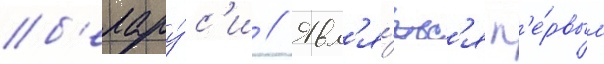
б'елару́с'и // Явл'я́етс'я п'е́рвым